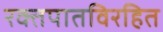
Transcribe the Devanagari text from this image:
रक्तपातविरहित